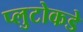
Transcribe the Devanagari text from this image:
प्लुटोकडे